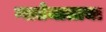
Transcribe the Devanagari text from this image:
ग्वातेमालाचा